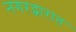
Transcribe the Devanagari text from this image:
नगरद्वारात